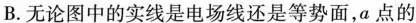
B.无论图中的实线是电场线还是等势面，a点的